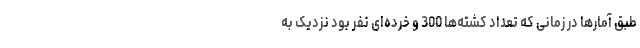
طبق آمارها در زمانی که تعداد کشته‌ها 300 و خرده‌ای نفر بود نزدیک به